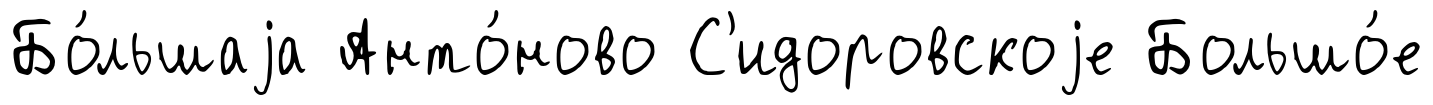
Бо́льшаjа Анто́ново С'идоровскоjе Большо́е